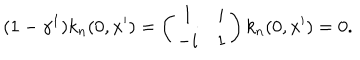
( 1 - \gamma ^ { 1 } ) k _ { n } ( 0 , x ^ { \prime } ) = \left( \begin{array} { c c } { { 1 } } & { { i } } \\ { { - i } } & { { 1 } } \\ \end{array} \right) k _ { n } ( 0 , x ^ { \prime } ) = 0 .